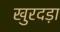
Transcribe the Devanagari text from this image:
खुरदड़ा